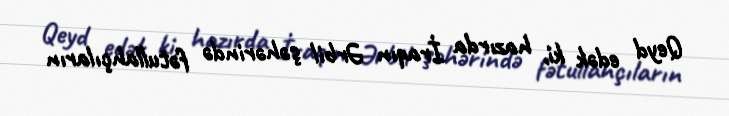
Qeyd edək ki, hazırda İraqın Ərbil şəhərində fətullahçıların